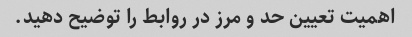
اهمیت تعیین حد و مرز در روابط را توضیح دهید.